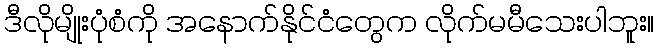
ဒီလိုမျိုးပုံစံကို အနောက်နိုင်ငံတွေက လိုက်မမီသေးပါဘူး။